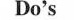
Do's